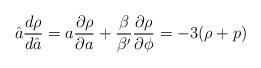
LaTeX: \begin{align*}\hat{a} \frac{d \rho}{d \hat{a}} = a \frac{\partial \rho}{\partial a}+ \frac{\beta}{\beta'} \frac{\partial \rho} {\partial \phi} = -3 (\rho + p)\end{align*}